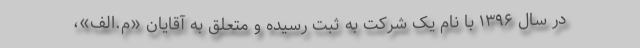
در سال ۱۳۹۶ با نام یک شرکت به ثبت رسیده و متعلق به آقایان «م.الف»،